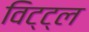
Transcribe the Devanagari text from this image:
विट्ट्ल